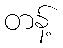
တန့်